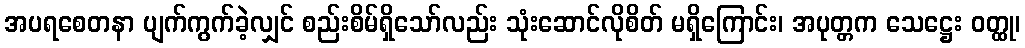
အပရစေတနာ ပျက်ကွက်ခဲ့လျှင် စည်းစိမ်ရှိသော်လည်း သုံးဆောင်လိုစိတ် မရှိကြောင်း၊ အပုတ္တက သေဋ္ဌေး ဝတ္ထု၊